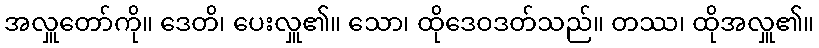
အလှူတော်ကို။ ဒေတိ၊ ပေးလှူ၏။ သော၊ ထိုဒေဝဒတ်သည်။ တဿ၊ ထိုအလှူ၏။